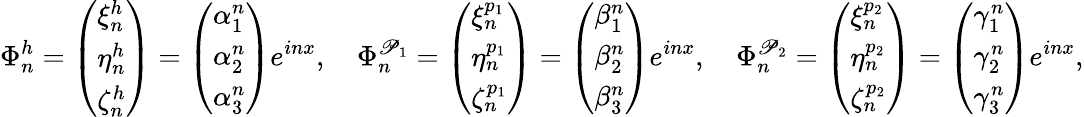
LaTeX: \Phi_{n}^{h}=\left(\begin{array}{l}{\xi_{n}^{h}}\\ {\eta_{n}^{h}}\\ {\zeta_{n}^{h}}\end{array}\right)=\left(\begin{array}{l}{\alpha_{1}^{n}}\\ {\alpha_{2}^{n}}\\ {\alpha_{3}^{n}}\end{array}\right)e^{inx},\quad\Phi_{n}^{\mathscr{P}_{1}}=\left(\begin{array}{l}{\xi_{n}^{p_{1}}}\\ {\eta_{n}^{p_{1}}}\\ {\zeta_{n}^{p_{1}}}\end{array}\right)=\left(\begin{array}{l}{\beta_{1}^{n}}\\ {\beta_{2}^{n}}\\ {\beta_{3}^{n}}\end{array}\right)e^{inx},\quad\Phi_{n}^{\mathscr{P}_{2}}=\left(\begin{array}{l}{\xi_{n}^{p_{2}}}\\ {\eta_{n}^{p_{2}}}\\ {\zeta_{n}^{p_{2}}}\end{array}\right)=\left(\begin{array}{l}{\gamma_{1}^{n}}\\ {\gamma_{2}^{n}}\\ {\gamma_{3}^{n}}\end{array}\right)e^{inx},